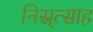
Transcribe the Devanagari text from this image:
निस्र्त्साह